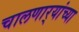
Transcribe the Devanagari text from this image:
चालणार्‍यांच्या